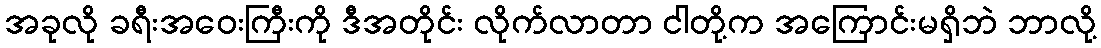
အခုလို ခရီးအဝေးကြီးကို ဒီအတိုင်း လိုက်လာတာ ငါတို့က အကြောင်းမရှိဘဲ ဘာလို့